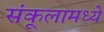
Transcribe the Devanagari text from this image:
संकूलामध्ये